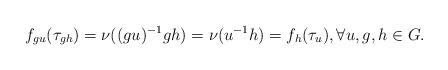
LaTeX: \begin{align*} f_{gu} (\tau_{gh})=\nu((gu)^{-1}gh)=\nu(u^{-1}h)= f_h(\tau_u) , \forall u,g,h \in G. \end{align*}